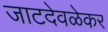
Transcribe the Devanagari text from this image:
जाटदेवळेकर